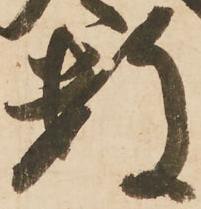
数